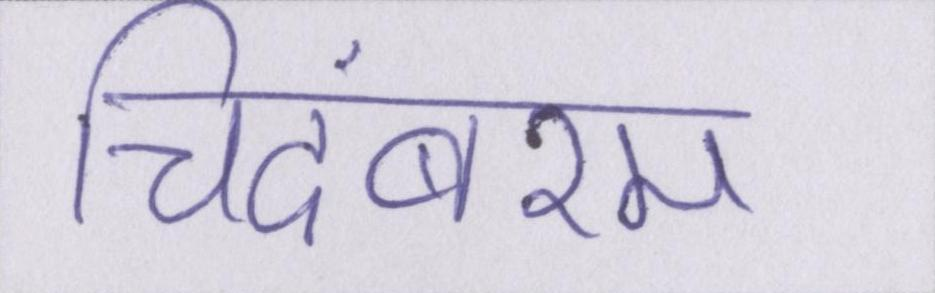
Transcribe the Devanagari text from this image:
चिदंबरम